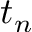
t _ { n }